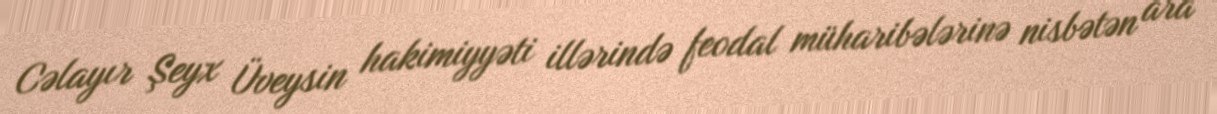
Cəlayır Şeyx Üveysin hakimiyyəti illərində feodal müharibələrinə nisbətən ara